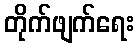
တိုက်ဖျက်ရေး